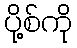
ပို့စ်ကို